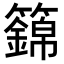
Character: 𥷏